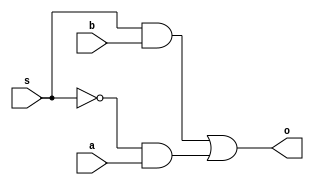
// 1-bit Mux:
//When s=0, selcect a
//When s=1, select b
module mux1(a, b, s, o);
	input	a, b, s;
	output o;
	wire w1, w2, w3;
	and g1(w1, s, b);
	not g2(w3, s);
	and g3(w2, w3, a);
	or g4(o, w1, w2);

endmodule